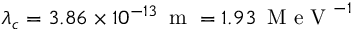
\lambda _ { c } = 3 . 8 6 \times 1 0 ^ { - 1 3 } \, \mathrm { ~ m ~ } = 1 . 9 3 \, \mathrm { ~ M ~ e ~ V ~ } ^ { - 1 }